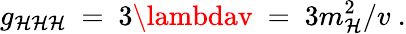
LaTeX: g_{\mathcal{H}\mathcal{H}\mathcal{H}}\ =\ 3\lambdav\ =\ 3m_{\mathcal{H}}^{2}/v\ .